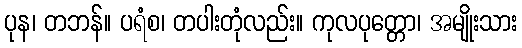
ပုန၊ တဘန်။ ပရံစ၊ တပါးတုံလည်း။ ကုလပုတ္တော၊ အမျိုးသား